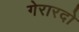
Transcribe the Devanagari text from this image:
गेरारदो